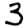
Digit: 3